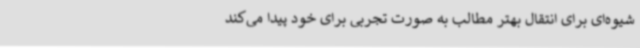
شیوه‌ای برای انتقال بهتر مطالب به صورت تجربی برای خود پیدا می‌کند